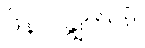
ဖိနပ် ချွတ်ပါ။